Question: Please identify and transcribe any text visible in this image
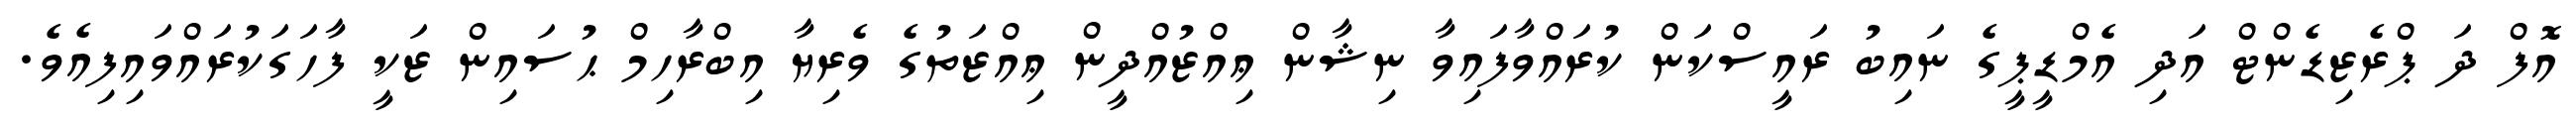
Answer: އޮފް ދަ ޕްރެޒިޑެންޓް އަދި އެމްޑީޕީގެ ނައިބު ރައީސްކަން ކުރައްވާފައިވާ ނިޝާން ޢިއްޒުއްދީން ޢިއްޒަތުގެ ވެރިޔާ އިބްރާހިމް ޙުސައިން ޒަކީ ފާހަގަކުރައްވައިފިއެވެ.